Indian journal of veterinary science and animal husbandry - Volume 8,
Year: 1938
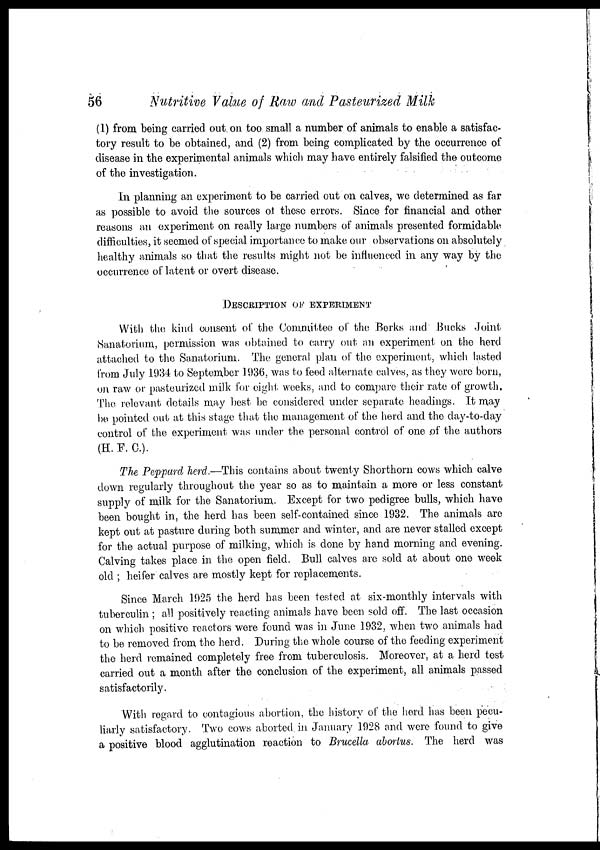
56
Nutritive Value of Raw and Pasteurized Milk
(1) from being carried out on too small a number of animals to enable a satisfac-
tory result to be obtained, and (2) from being complicated by the occurrence of
disease in the experimental animals which may have entirely falsified the outcome
of the investigation.
In planning an experiment to be carried out on calves, we determined as far
as possible to avoid the sources of these errors. Since for financial and other
reasons an experiment on really large numbers of animals presented formidable
difficulties, it seemed of special importance to make our observations on absolutely
healthy animals so that the results might not be influenced in any way by the
occurrence of latent or overt disease.
DESCRIPTION OF EXPERIMENT
With the kind consent of the Committee of the Berks and Bucks Joint
Sanatorium, permission was obtained to carry out an experiment on the herd
attached to the Sanatorium. The general plan of the experiment, which lasted
from July 1934 to September 1936, was to feed alternate calves, as they were born,
on raw or pasteurized milk for eight weeks, and to compare their rate of growth.
The relevant details may best be considered under separate headings. It may
be pointed out at this stage that the management of the herd and the day-to-day
control of the experiment was under the personal control of one of the authors
(H. F. C.).
The Peppard herd.—This contains about twenty Shorthorn cows which calve
down regularly throughout the year so as to maintain a more or less constant
supply of milk for the Sanatorium. Except for two pedigree bulls, which have
been bought in, the herd has been self-contained since 1932. The animals are
kept out at pasture during both summer and winter, and are never stalled except
for the actual purpose of milking, which is done by hand morning and evening.
Calving takes place in the open field. Bull calves are sold at about one week
old ; heifer calves are mostly kept for replacements.
Since March 1925 the herd has been tested at six-monthly intervals with
tuberculin ; all positively reacting animals have been sold off. The last occasion
on which positive reactors were found was in June 1932, when two animals had
to be removed from the herd. During the whole course of the feeding experiment
the herd remained completely free from tuberculosis. Moreover, at a herd test
carried out a month after the conclusion of the experiment, all animals passed
satisfactorily.
With regard to contagious abortion, the history of the herd has been pecu-
liarly satisfactory. Two cows aborted in January 1928 and were found to give
a positive blood agglutination reaction to Brucella abortus. The herd was